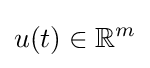
u(t)\in \mathbb {R} ^{m}